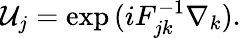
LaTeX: {\cal U}_{j}=\mathrm{exp}\, (iF_{jk}^{-1}\nabla_{k}).